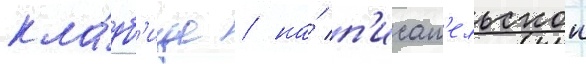
кла́дб'ище / на́ п'исат'ельскои